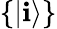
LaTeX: \{ |\mathbf{i}\rangle\}